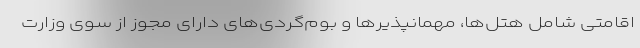
اقامتی شامل هتل‌ها، مهمانپذیرها و بوم‌گردی‌های دارای مجوز از سوی وزارت